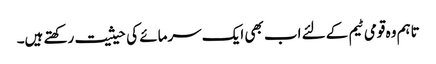
تاہم وہ قومی ٹیم کے لئے اب بھی ایک سرمائے کی حیثیت رکھتے ہیں۔